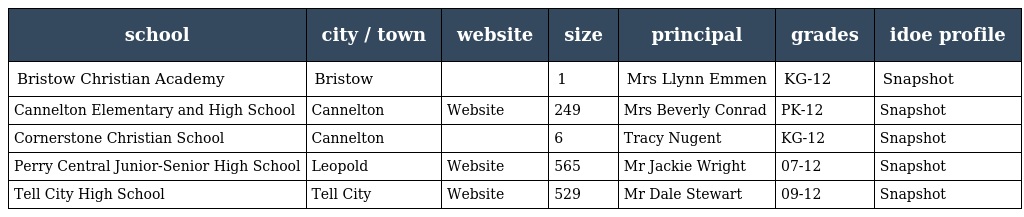
| school | city / town | website | size | principal | grades | idoe profile |
 | --- | --- | --- | --- | --- | --- | --- |
 | Bristow Christian Academy | Bristow |  | 1 | Mrs Llynn Emmen | KG-12 | Snapshot |
 | Cannelton Elementary and High School | Cannelton | Website | 249 | Mrs Beverly Conrad | PK-12 | Snapshot |
 | Cornerstone Christian School | Cannelton |  | 6 | Tracy Nugent | KG-12 | Snapshot |
 | Perry Central Junior-Senior High School | Leopold | Website | 565 | Mr Jackie Wright | 07-12 | Snapshot |
 | Tell City High School | Tell City | Website | 529 | Mr Dale Stewart | 09-12 | Snapshot |